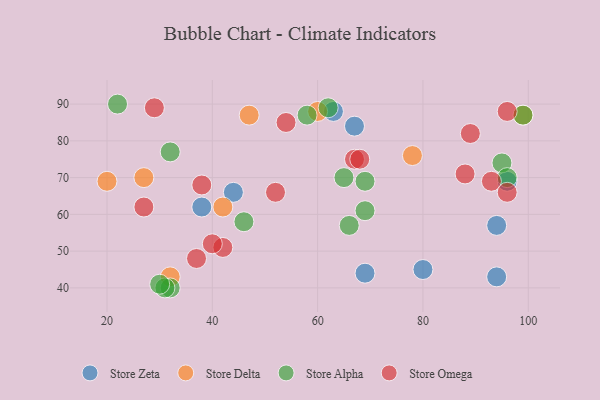
{"axis": {"x": "GDP", "y": "Life Expectancy"}, "legend": ["Store Alpha", "Store Delta", "Store Omega", "Store Zeta"], "data": [{"x": "80", "y": 45, "type": "Store Zeta"}, {"x": "96", "y": 69, "type": "Store Zeta"}, {"x": "69", "y": 44, "type": "Store Zeta"}, {"x": "38", "y": 62, "type": "Store Zeta"}, {"x": "63", "y": 88, "type": "Store Zeta"}, {"x": "94", "y": 57, "type": "Store Zeta"}, {"x": "44", "y": 66, "type": "Store Zeta"}, {"x": "94", "y": 43, "type": "Store Zeta"}, {"x": "67", "y": 84, "type": "Store Zeta"}, {"x": "99", "y": 87, "type": "Store Delta"}, {"x": "42", "y": 62, "type": "Store Delta"}, {"x": "78", "y": 76, "type": "Store Delta"}, {"x": "47", "y": 87, "type": "Store Delta"}, {"x": "27", "y": 70, "type": "Store Delta"}, {"x": "32", "y": 43, "type": "Store Delta"}, {"x": "20", "y": 69, "type": "Store Delta"}, {"x": "60", "y": 88, "type": "Store Delta"}, {"x": "32", "y": 77, "type": "Store Alpha"}, {"x": "69", "y": 61, "type": "Store Alpha"}, {"x": "46", "y": 58, "type": "Store Alpha"}, {"x": "66", "y": 57, "type": "Store Alpha"}, {"x": "95", "y": 74, "type": "Store Alpha"}, {"x": "99", "y": 87, "type": "Store Alpha"}, {"x": "32", "y": 40, "type": "Store Alpha"}, {"x": "58", "y": 87, "type": "Store Alpha"}, {"x": "96", "y": 70, "type": "Store Alpha"}, {"x": "65", "y": 70, "type": "Store Alpha"}, {"x": "22", "y": 90, "type": "Store Alpha"}, {"x": "31", "y": 40, "type": "Store Alpha"}, {"x": "62", "y": 89, "type": "Store Alpha"}, {"x": "30", "y": 41, "type": "Store Alpha"}, {"x": "69", "y": 69, "type": "Store Alpha"}, {"x": "93", "y": 69, "type": "Store Omega"}, {"x": "37", "y": 48, "type": "Store Omega"}, {"x": "88", "y": 71, "type": "Store Omega"}, {"x": "96", "y": 66, "type": "Store Omega"}, {"x": "52", "y": 66, "type": "Store Omega"}, {"x": "29", "y": 89, "type": "Store Omega"}, {"x": "42", "y": 51, "type": "Store Omega"}, {"x": "67", "y": 75, "type": "Store Omega"}, {"x": "89", "y": 82, "type": "Store Omega"}, {"x": "96", "y": 88, "type": "Store Omega"}, {"x": "68", "y": 75, "type": "Store Omega"}, {"x": "40", "y": 52, "type": "Store Omega"}, {"x": "38", "y": 68, "type": "Store Omega"}, {"x": "27", "y": 62, "type": "Store Omega"}, {"x": "54", "y": 85, "type": "Store Omega"}]}